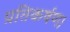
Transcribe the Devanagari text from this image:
प्रतिकर्षण।